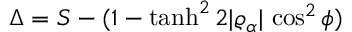
\Delta = S - ( 1 - \operatorname { t a n h } ^ { 2 } 2 \vert \varrho _ { \alpha } \vert \, \cos ^ { 2 } \phi )